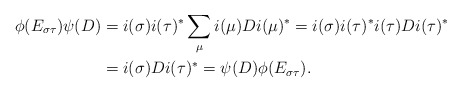
\begin{align*} \phi(E_{\sigma\tau})\psi(D)&= i(\sigma)i(\tau)^*\sum_{\mu}i(\mu)Di(\mu)^*=i(\sigma)i(\tau)^*i(\tau)Di(\tau)^*\\ &=i(\sigma)Di(\tau)^*=\psi(D)\phi(E_{\sigma\tau}).\end{align*}